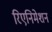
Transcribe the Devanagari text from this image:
रिएनिमेशन